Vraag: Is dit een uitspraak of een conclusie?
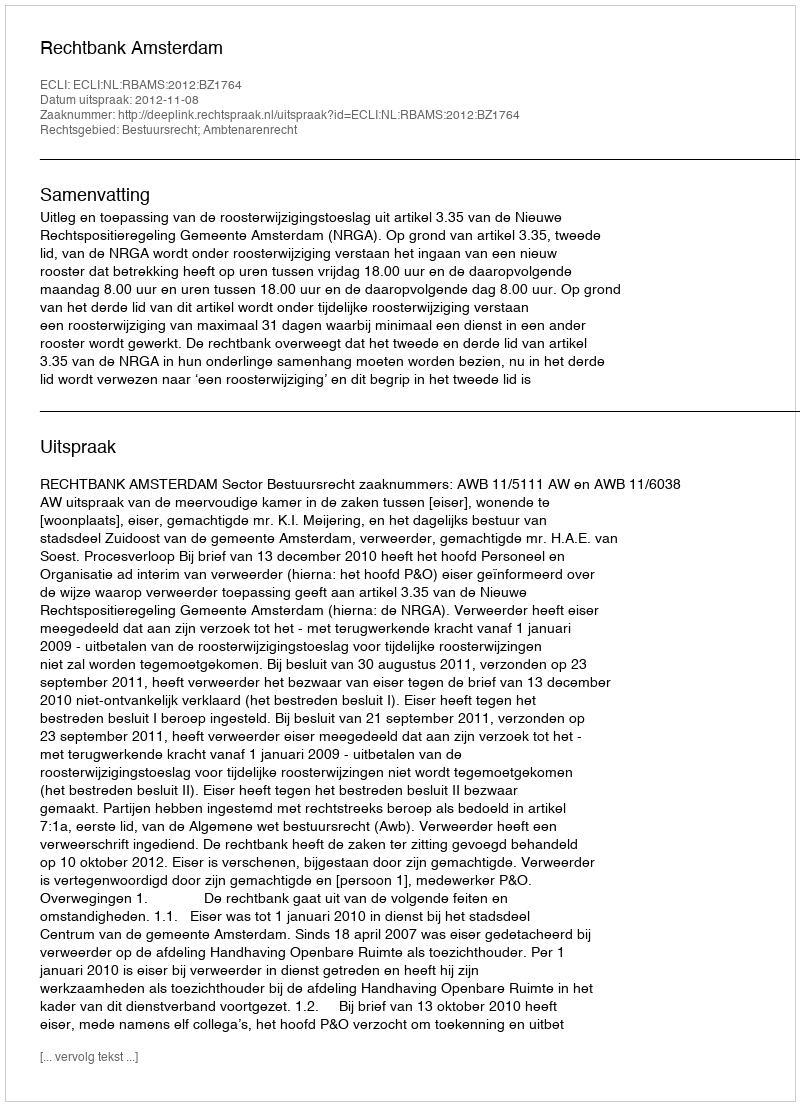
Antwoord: Uitspraak